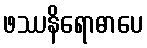
ဖဿနိရောဓာပေ